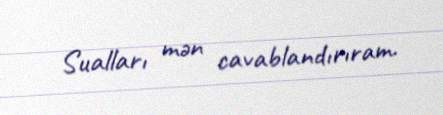
Sualları mən cavablandırıram.